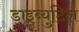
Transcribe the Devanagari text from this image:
डाइब्युटिल